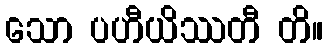
သော ပဟီယိဿတီ တိ။